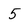
Character: 5